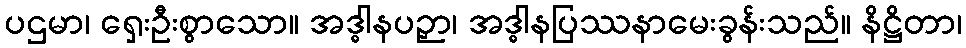
ပဌမာ၊ ရှေးဦးစွာသော။ အဒ္ဓါနပဉှာ၊ အဒ္ဓါနပြဿနာမေးခွန်းသည်။ နိဋ္ဌိတာ၊